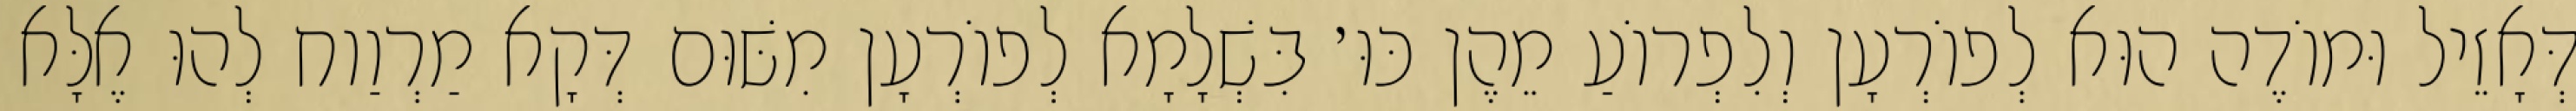
דְּאָזֵיל וּמוֹדֶה הוּא לְפוֹרְעָן וְלִפְרוֹעַ מֵהֶן כּוּ׳ בִּשְׁלָמָא לְפוֹרְעָן מִשּׁוּם דְּקָא מַרְוַוח לְהוּ אֶלָּא